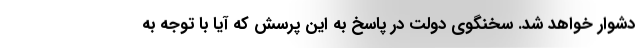
دشوار خواهد شد. سخنگوی دولت در پاسخ به این پرسش که آیا با توجه به